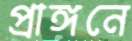
প্রাঙ্গনে